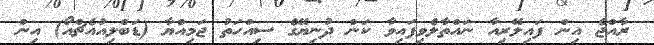
ރާއްޖެ އިން ފައިލޭރިއާ ނައްތާލެވިފައިވާ ކަން ދުނިޔޭގެ ސިއްހަތު ޖަމިއްޔާ (ޑަބްލިއުއެޗްއޯ) އިން